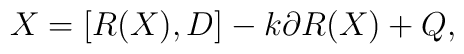
X=[R(X), D]-k \partial R(X)+ Q,